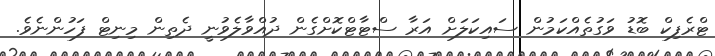
ޓްރެފިކް ބޮޑު ވަގުތެއްކަމުން ސައިކަލަށް އަރާ ސްޓާޓްކޮށްގެން ދުއްވާލެވުނީ ދެތިން މިނިޓް ފަހުންނެވެ.